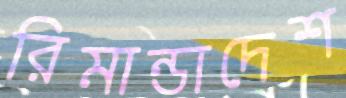
রিমান্ডাদেশ